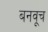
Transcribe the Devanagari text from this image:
बनवूच